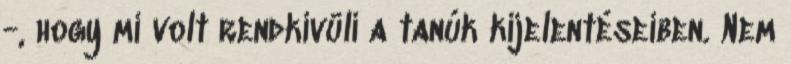
-, hogy mi volt rendkívüli a tanúk kijelentéseiben. Nem